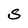
Character: S